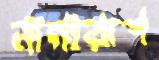
নানারূপ